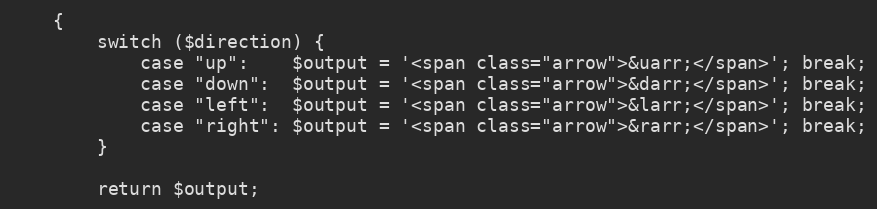
Language: PHP
    {
        switch ($direction) {
            case "up": 	  $output = '<span class="arrow">&uarr;</span>'; break;
            case "down":  $output = '<span class="arrow">&darr;</span>'; break;
            case "left":  $output = '<span class="arrow">&larr;</span>'; break;
            case "right": $output = '<span class="arrow">&rarr;</span>'; break;
        }

        return $output;